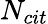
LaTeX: N_{cit}